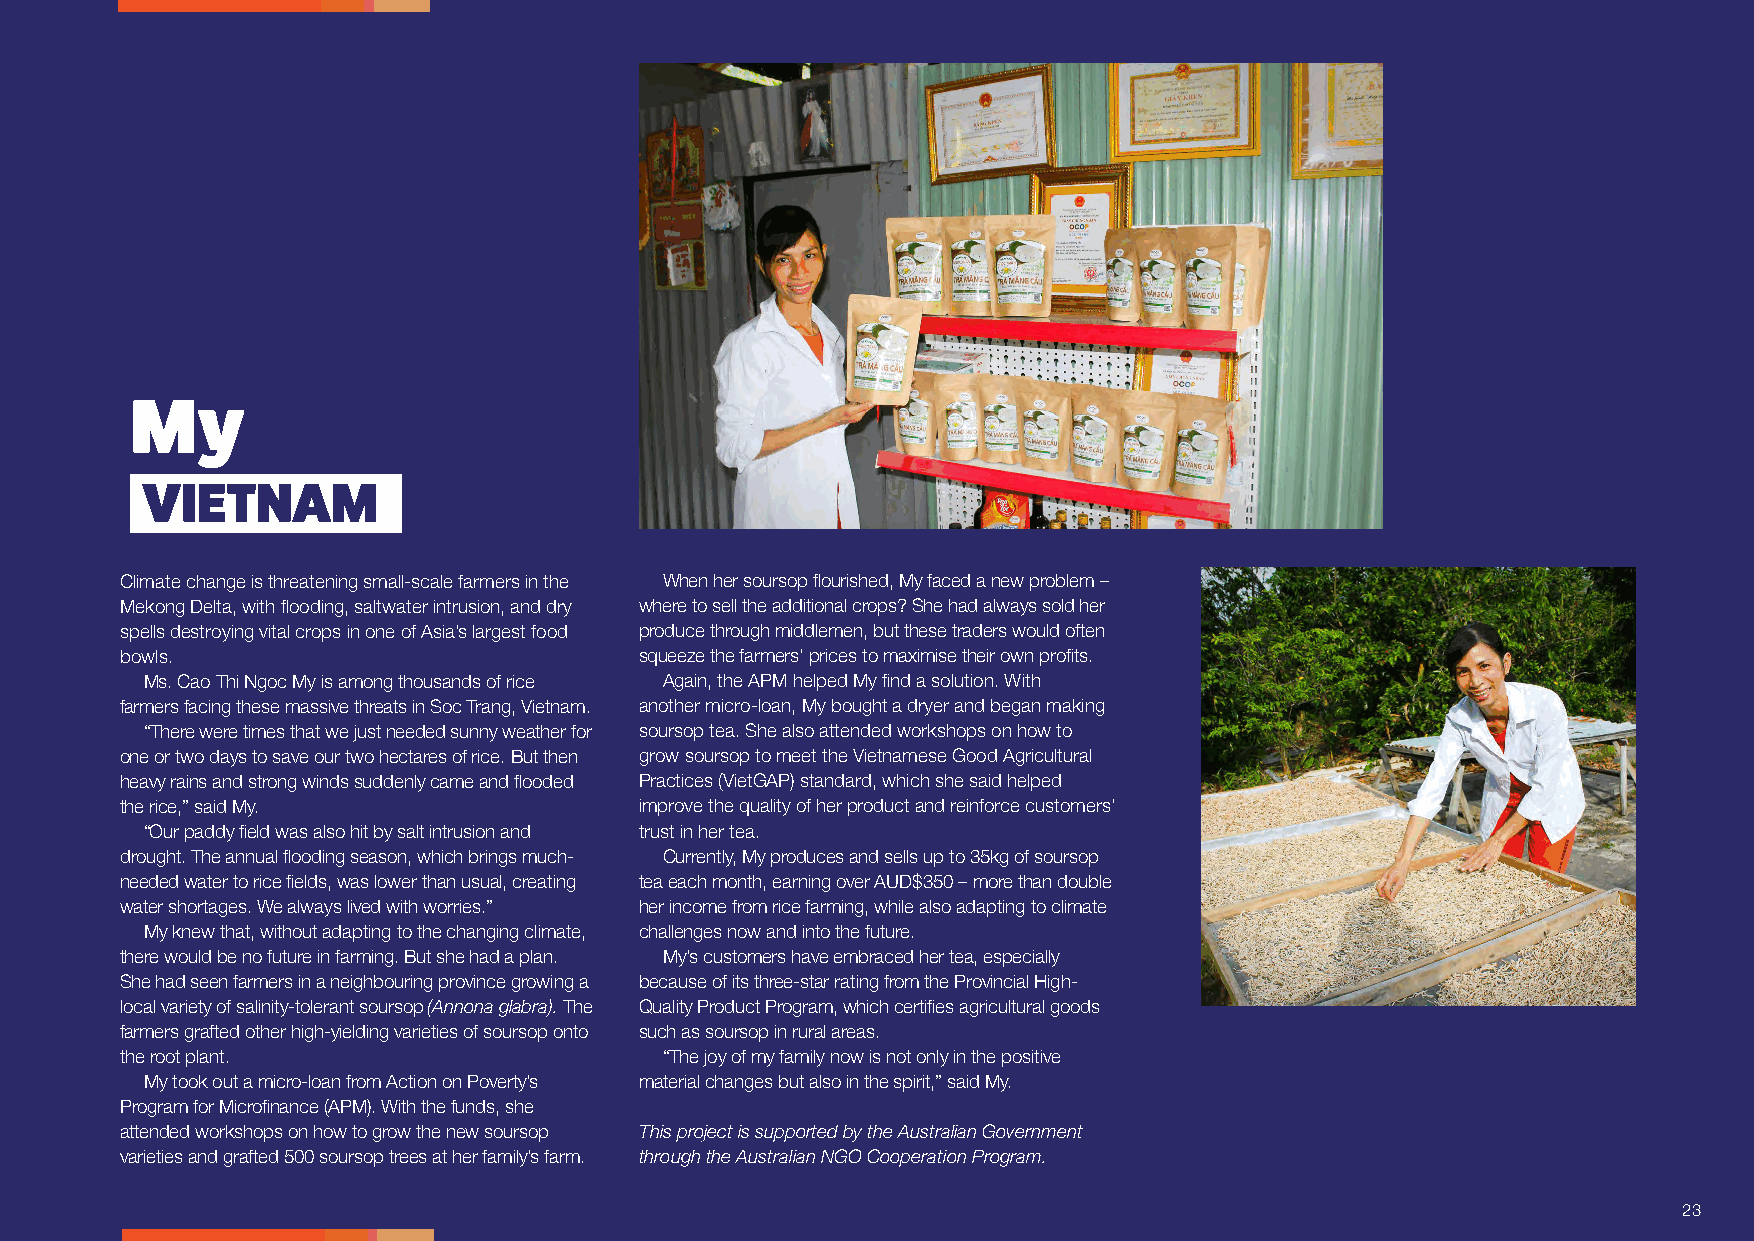
My
 VIETNAM
 Climate change is threatening small-scale farmers in the When her soursop flourished, My faced a new problem –
 Mekong Delta, with flooding, saltwater intrusion, and dry where to sell the additional crops? She had always sold her
 spells destroying vital crops in one of Asia’s largest food produce through middlemen, but these traders would often
 bowls.                            squeeze the farmers’ prices to maximise their own profits.
 Ms. Cao Thi Ngoc My is among thousands of rice Again, the APM helped My find a solution. With
 farmers facing these massive threats in Soc Trang, Vietnam. another micro-loan, My bought a dryer and began making
 “There were times that we just needed sunny weather for soursop tea. She also attended workshops on how to
 one or two days to save our two hectares of rice. But then grow soursop to meet the Vietnamese Good Agricultural
 heavy rains and strong winds suddenly came and flooded Practices (VietGAP) standard, which she said helped
 the rice,” said My.               improve the quality of her product and reinforce customers’
 “Our paddy field was also hit by salt intrusion and trust in her tea.
 drought. The annual flooding season, which brings much- Currently, My produces and sells up to 35kg of soursop
 needed water to rice fields, was lower than usual, creating tea each month, earning over AUD$350 – more than double
 water shortages. We always lived with worries.” her income from rice farming, while also adapting to climate
 My knew that, without adapting to the changing climate, challenges now and into the future.
 there would be no future in farming. But she had a plan. My’s customers have embraced her tea, especially
 She had seen farmers in a neighbouring province growing a because of its three-star rating from the Provincial High-
 local variety of salinity-tolerant soursop (Annona glabra). The Quality Product Program, which certifies agricultural goods
 farmers grafted other high-yielding varieties of soursop onto such as soursop in rural areas.
 the root plant.                     “The joy of my family now is not only in the positive
 My took out a micro-loan from Action on Poverty’s material changes but also in the spirit,” said My.
 Program for Microfinance (APM). With the funds, she
 attended workshops on how to grow the new soursop This project is supported by the Australian Government
 varieties and grafted 500 soursop trees at her family’s farm. through the Australian NGO Cooperation Program.
 23